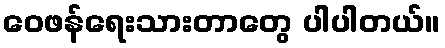
ဝေဖန်ရေးသားတာတွေ ပါပါတယ်။